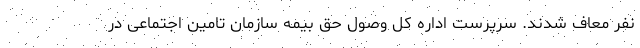
نفر معاف شدند. سرپرست اداره کل وصول حق بیمه سازمان تامین اجتماعی در